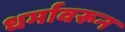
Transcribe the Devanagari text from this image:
धर्मावरून